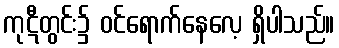
ကုဋီတွင်း၌ ဝင်ရောက်နေလေ့ ရှိပါသည်။